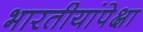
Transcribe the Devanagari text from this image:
भारतीयांपेक्षा